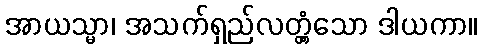
အာယသ္မာ၊ အသက်ရှည်လတ္တံ့သော ဒါယကာ။